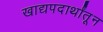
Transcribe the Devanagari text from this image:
खाद्यपदार्थांतून